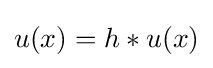
u(x)=h*u(x)